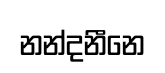
නන්දනීනෙ